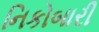
નિકોબારી